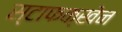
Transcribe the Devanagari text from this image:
स्टाफक्खेन